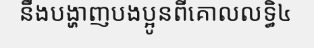
នឹងបង្ហាញបងប្អូនពីគោលលទ្ធិ៤